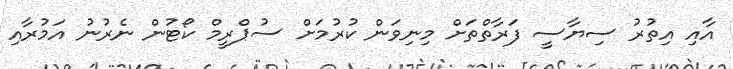
އާއި އިތުރު ސިޔާސީ ފަރާތްތަށް މިނިވަން ކުރުމަށް ސުޕްރީމް ކޯޓުން ނެރުނު އަމުރާއި